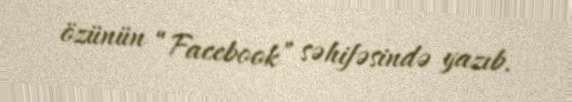
özünün “Facebook” səhifəsində yazıb.